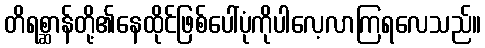
တိရစ္ဆာန်တို့၏နေထိုင်ဖြစ်ပေါ်ပုံကိုပါလေ့လာကြရလေသည်။